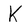
Character: K